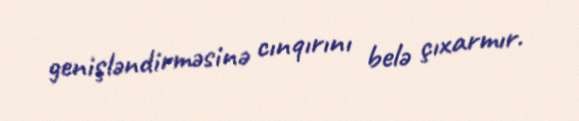
genişləndirməsinə cınqırını belə çıxarmır.